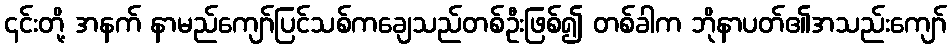
၎င်းတို့ အနက် နာမည်ကျော်ပြင်သစ်ကချေသည်တစ်ဦးဖြစ်၍ တစ်ခါက ဘိုနာပတ်၏အသည်းကျော်